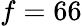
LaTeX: f=66